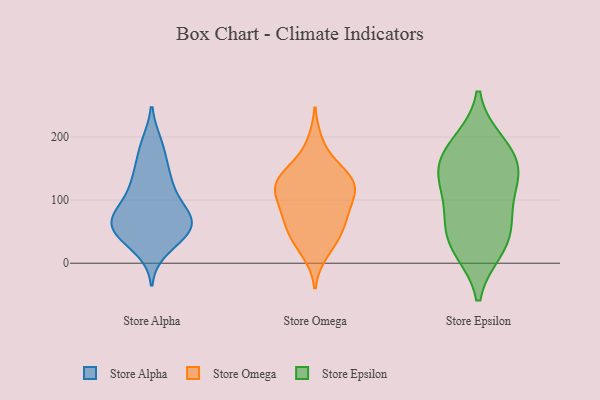
{"axis": {"x": "Inventory Turnover", "y": "Value"}, "legend": ["Store Alpha", "Store Epsilon", "Store Omega"], "data": [{"x": "", "y": 71, "type": "Store Alpha"}, {"x": "", "y": 187, "type": "Store Alpha"}, {"x": "", "y": 43, "type": "Store Alpha"}, {"x": "", "y": 189, "type": "Store Alpha"}, {"x": "", "y": 66, "type": "Store Alpha"}, {"x": "", "y": 42, "type": "Store Alpha"}, {"x": "", "y": 151, "type": "Store Alpha"}, {"x": "", "y": 76, "type": "Store Alpha"}, {"x": "", "y": 114, "type": "Store Alpha"}, {"x": "", "y": 23, "type": "Store Alpha"}, {"x": "", "y": 48, "type": "Store Alpha"}, {"x": "", "y": 125, "type": "Store Alpha"}, {"x": "", "y": 67, "type": "Store Alpha"}, {"x": "", "y": 64, "type": "Store Alpha"}, {"x": "", "y": 148, "type": "Store Alpha"}, {"x": "", "y": 113, "type": "Store Alpha"}, {"x": "", "y": 47, "type": "Store Alpha"}, {"x": "", "y": 83, "type": "Store Alpha"}, {"x": "", "y": 71, "type": "Store Alpha"}, {"x": "", "y": 78, "type": "Store Omega"}, {"x": "", "y": 105, "type": "Store Omega"}, {"x": "", "y": 113, "type": "Store Omega"}, {"x": "", "y": 69, "type": "Store Omega"}, {"x": "", "y": 58, "type": "Store Omega"}, {"x": "", "y": 118, "type": "Store Omega"}, {"x": "", "y": 40, "type": "Store Omega"}, {"x": "", "y": 85, "type": "Store Omega"}, {"x": "", "y": 17, "type": "Store Omega"}, {"x": "", "y": 127, "type": "Store Omega"}, {"x": "", "y": 190, "type": "Store Omega"}, {"x": "", "y": 139, "type": "Store Omega"}, {"x": "", "y": 40, "type": "Store Omega"}, {"x": "", "y": 143, "type": "Store Omega"}, {"x": "", "y": 145, "type": "Store Omega"}, {"x": "", "y": 121, "type": "Store Omega"}, {"x": "", "y": 147, "type": "Store Epsilon"}, {"x": "", "y": 23, "type": "Store Epsilon"}, {"x": "", "y": 53, "type": "Store Epsilon"}, {"x": "", "y": 22, "type": "Store Epsilon"}, {"x": "", "y": 191, "type": "Store Epsilon"}, {"x": "", "y": 185, "type": "Store Epsilon"}, {"x": "", "y": 62, "type": "Store Epsilon"}, {"x": "", "y": 90, "type": "Store Epsilon"}, {"x": "", "y": 126, "type": "Store Epsilon"}, {"x": "", "y": 157, "type": "Store Epsilon"}, {"x": "", "y": 138, "type": "Store Epsilon"}]}